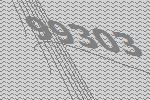
99303